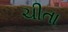
ચીતા